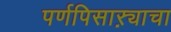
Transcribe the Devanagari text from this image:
पर्णपिसाऱ्याचा